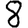
Digit: 8